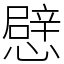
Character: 憵